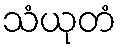
သံယုတံ